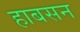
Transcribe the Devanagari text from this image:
हाबसन